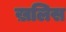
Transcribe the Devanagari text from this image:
ख़लिस